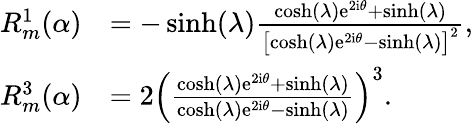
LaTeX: \begin{array}{rl}{R_{m}^{1}(\alpha)}&{=-\sinh(\lambda)\frac{\cosh(\lambda)\mathrm{e}^{2\mathrm{i}\theta}+\sinh(\lambda)}{\bigl[\cosh(\lambda)\mathrm{e}^{2\mathrm{i}\theta}-\sinh(\lambda)\bigr]^{2}},}\\ {R_{m}^{3}(\alpha)}&{=2\left(\frac{\cosh(\lambda)\mathrm{e}^{2\mathrm{i}\theta}+\sinh(\lambda)}{\cosh(\lambda)\mathrm{e}^{2\mathrm{i}\theta}-\sinh(\lambda)}\right)^{3}.}\end{array}